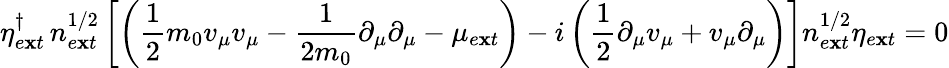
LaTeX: \eta_{e\mathbf{x}t}^{\dagger}\, n_{e\mathbf{x}t}^{1/2}\left[\left(\frac{{1}}{{2}}m_{0}v_{\mu}v_{\mu}-\frac{{1}}{{2m_{0}}}\partial_{\mu}\partial_{\mu}-\mu_{e\mathbf{x}t}\right)-i\left(\frac{{1}}{{2}}\partial_{\mu}v_{\mu}+v_{\mu}\partial_{\mu}\right)\right]n_{e\mathbf{x}t}^{1/2}\eta_{e\mathbf{x}t}=0